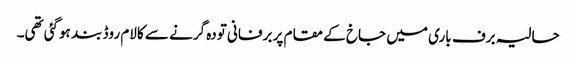
حالیہ برف باری میں جاخ کے مقام پر برفانی تودہ گرنے سے کالام روڈ بند ہوگئی تھی۔